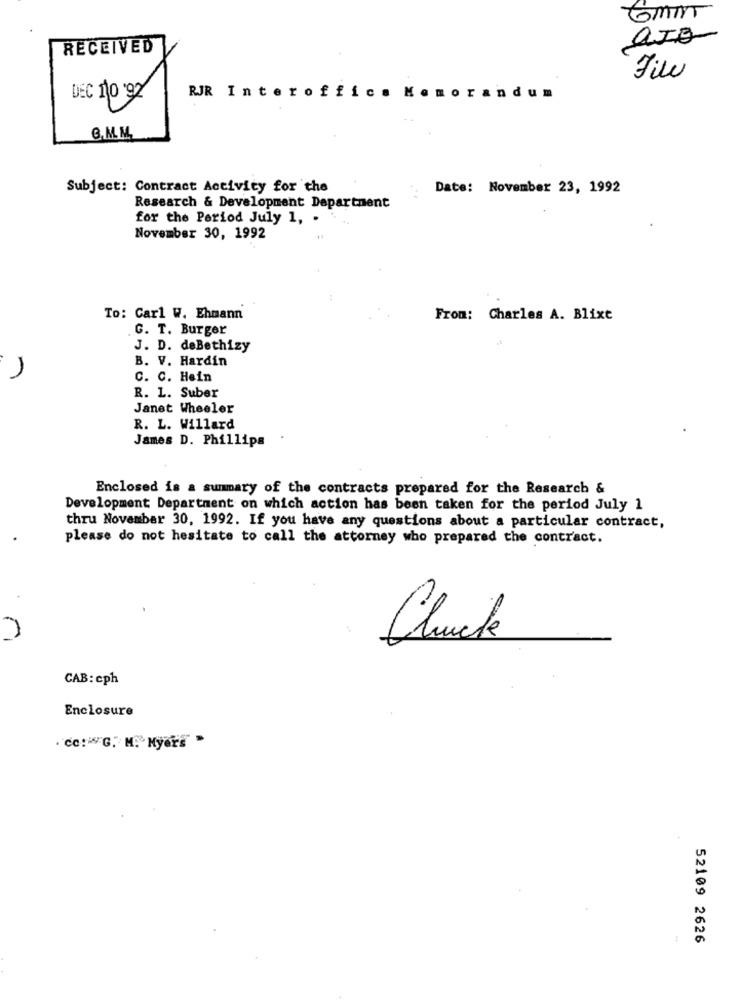
GMM
avo
RECEIVED
File
DEC 110 '92
RJR Interoffice Memorandum
B.M.M.
Subject: Contract Activity for the
Date: November 23, 1992
Research & Development Department
for the Period July 1, .
November 30, 1992
To: Carl W. Ehmann
From: Charles A. Blixt
G. T. Burger
J. D. deBethizy
B. V. Hardin
C. C. Hein
R. L. Suber
Janet Wheeler
R. L. Willard
James D. Phillips
Enclosed is a summary of the contracts prepared for the Research &
Development Department on which action has been taken for the period July 1
thru November 30, 1992. If you have any questions about a particular contract,
please do not hesitate to call the attorney who prepared the contract.
Chuck
CAB: cph
Enclosure
. Ce: G. M. Myers "
52109 2626